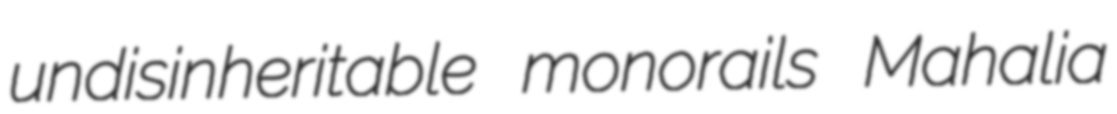
undisinheritable monorails Mahalia